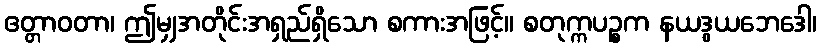
ဧတ္တာဝတာ၊ ဤမျှအတိုင်းအရှည်ရှိသော စကားအဖြင့်။ စတုက္ကပဉ္စက နယဒွယဘေဒေါ၊